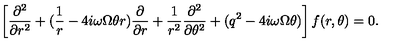
\left[ \frac { \partial ^ { 2 } } { \partial r ^ { 2 } } + ( \frac { 1 } { r } - 4 i \omega \Omega \theta r ) \frac { \partial } { \partial r } + \frac { 1 } { r ^ { 2 } } \frac { \partial ^ { 2 } } { \partial \theta ^ { 2 } } + ( q ^ { 2 } - 4 i \omega \Omega \theta ) \right] f ( r , \theta ) = 0 .